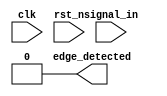
module debounced_edge_detector #(
    parameter DEBOUNCE_TIME = 20, // Debounce time in clock cycles
    parameter EDGE_TYPE = 2'b11    // 00: None, 01: Rising, 10: Falling, 11: Both
)(
    input wire clk,                // Clock input
    input wire rst_n,              // Active low reset
    input wire signal_in,          // Input signal (switch/button)
    output reg edge_detected       // Output pulse indicating edge detection
);

    // State registers
    reg [1:0] state;               // Current state
    reg [1:0] next_state;          // Next state
    reg [DEBOUNCE_TIME-1:0] debounce_counter; // Debounce counter
    reg signal_stable;             // Indicates if the signal is stable
    reg signal_prev;               // Previous stable signal state

    // State encoding
    localparam STABLE_LOW = 2'b00;
    localparam STABLE_HIGH = 2'b01;
    localparam DEBOUNCE_LOW = 2'b10;
    localparam DEBOUNCE_HIGH = 2'b11;

    // Initial state
    initial begin
        state = STABLE_LOW;
        edge_detected = 0;
        debounce_counter = 0;
        signal_prev = 0;
    end

    // State transition and output logic
    always @(posedge clk or negedge rst_n) begin
        if (!rst_n) begin
            state <= STABLE_LOW;
            edge_detected <= 0;
            debounce_counter <= 0;
            signal_prev <= 0;
        end else begin
            case (state)
                STABLE_LOW: begin
                    if (signal_in) begin
                        // Transition to debounce high
                        state <= DEBOUNCE_HIGH;
                        debounce_counter <= 0;
                    end
                end

                STABLE_HIGH: begin
                    if (!signal_in) begin
                        // Transition to debounce low
                        state <= DEBOUNCE_LOW;
                        debounce_counter <= 0;
                    end
                end

                DEBOUNCE_LOW: begin
                    if (debounce_counter < DEBOUNCE_TIME - 1) begin
                        debounce_counter <= debounce_counter + 1;
                    end else begin
                        state <= STABLE_LOW;
                        signal_stable <= 0;
                        // Edge detection logic
                        if (EDGE_TYPE[1] && signal_prev) begin
                            edge_detected <= 1; // Falling edge detected
                        end
                        signal_prev <= 0;
                    end
                end

                DEBOUNCE_HIGH: begin
                    if (debounce_counter < DEBOUNCE_TIME - 1) begin
                        debounce_counter <= debounce_counter + 1;
                    end else begin
                        state <= STABLE_HIGH;
                        signal_stable <= 1;
                        // Edge detection logic
                        if (EDGE_TYPE[0] && !signal_prev) begin
                            edge_detected <= 1; // Rising edge detected
                        end
                        signal_prev <= 1;
                    end
                end
            endcase
        end
    end

    // Reset edge_detected after one clock cycle
    always @(posedge clk or negedge rst_n) begin
        if (!rst_n) begin
            edge_detected <= 0;
        end else if (edge_detected) begin
            edge_detected <= 0; // Reset after detection
        end
    end

endmodule